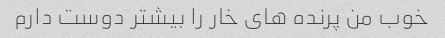
خوب من پرنده های خار را بیشتر دوست دارم